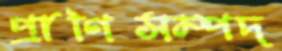
প্রাণিসম্পদ